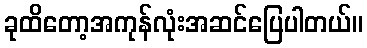
ခုထိတော့အကုန်လုံးအဆင်ပြေပါတယ်။